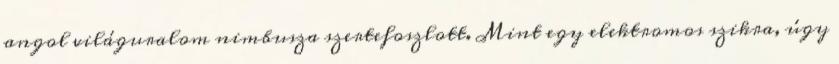
angol világuralom nimbusza szertefoszlott. Mint egy elektromos szikra, úgy